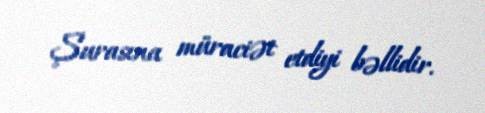
Şurasına müraciət etdiyi bəllidir.